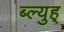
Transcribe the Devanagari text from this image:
ब्ल्युह्